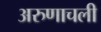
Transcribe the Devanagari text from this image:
अरुणाचली